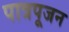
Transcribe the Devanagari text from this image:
पात्रपूजन